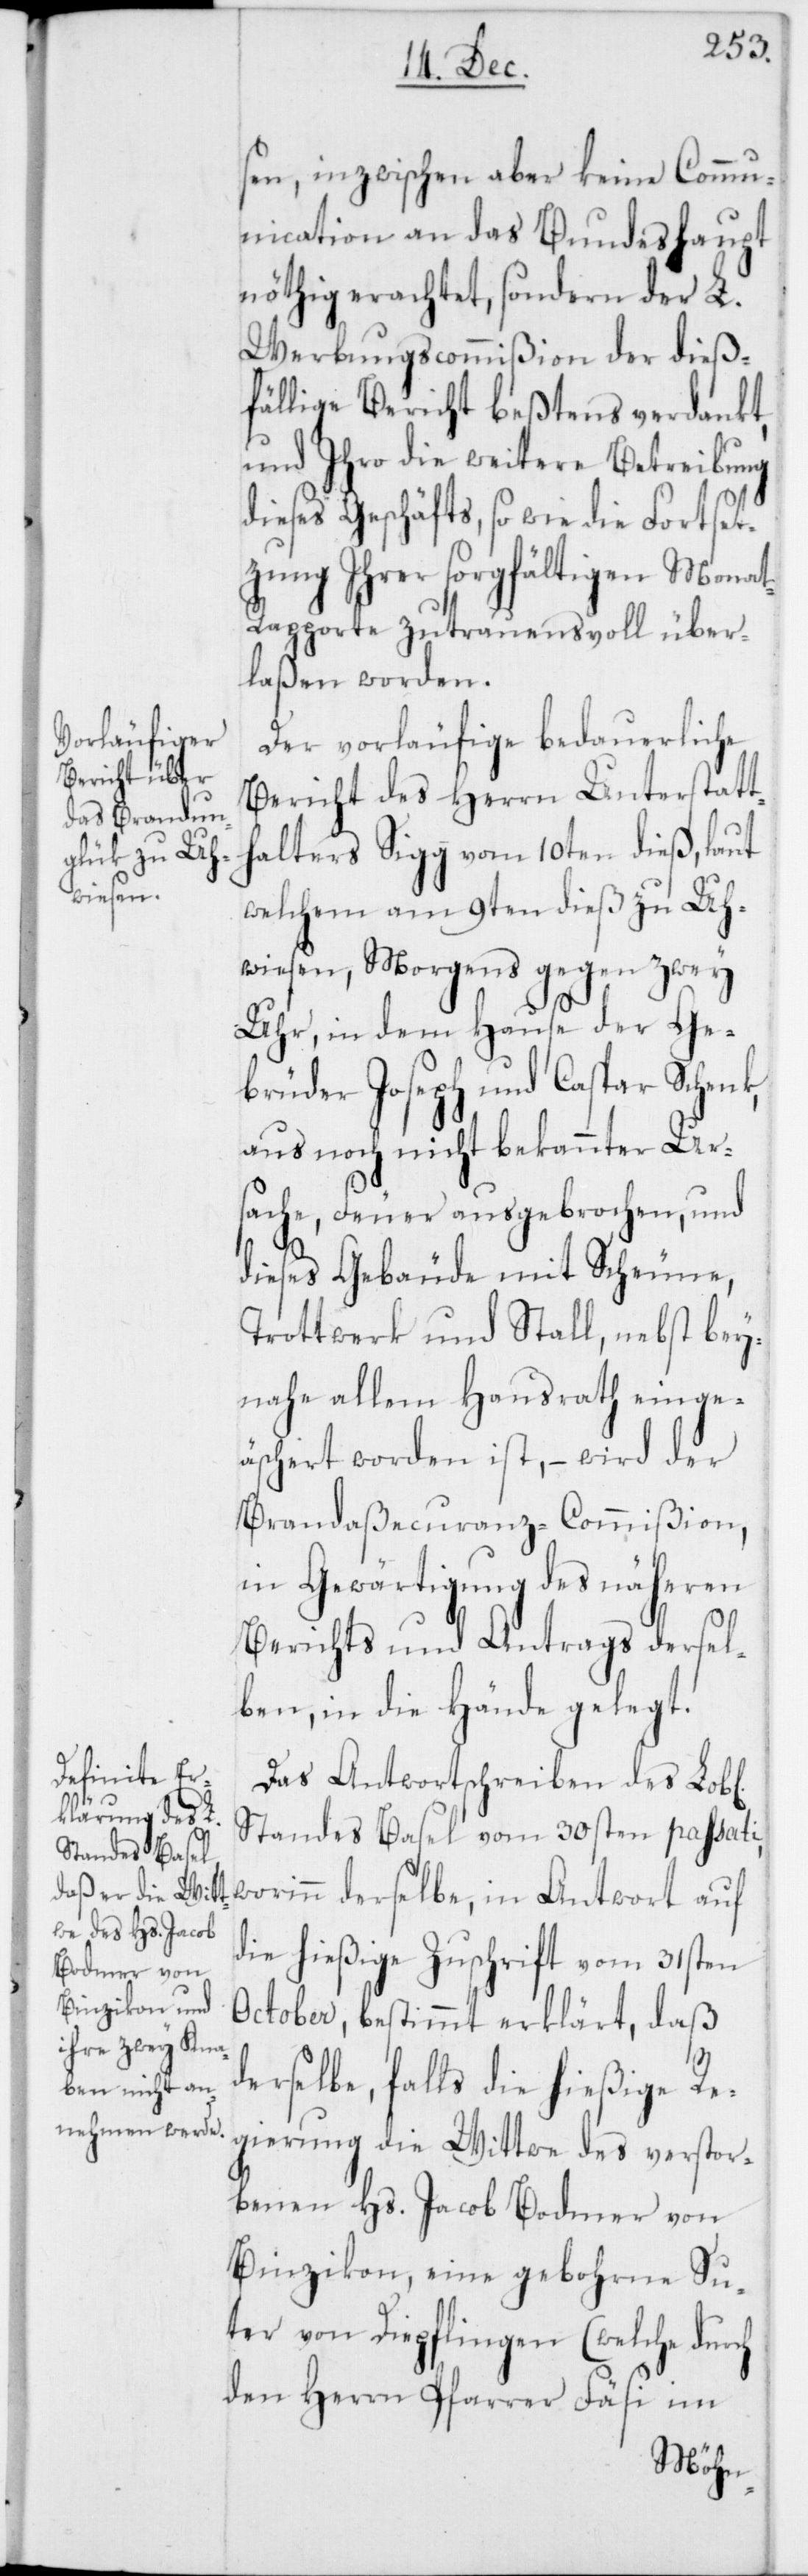
sen, inzwischen aber keine Comm¬
unication an das Bundeshaupt
nöthig erachtet, sondern der L.
Werbungscommißion der dieß¬
fällige Bericht beßtens verdankt,
und Ihro die weitere Betreibung
dieses Geschäfts, so wie die Fortset¬
zung ihrer sorgfältigen Monat¬
s-Rapporte zutrauensvoll über¬
laßen worden.
Der vorläufige bedauerliche
Bericht des Herrn Unterstatt¬
halters Sigg vom 10ten dieß, laut
welchem am 9ten dieß zu Uh¬
wiesen, Morgens gegen zwey
Uhr, in dem Hause der Ge¬
brüder Joseph und Caspar Schenk,
aus noch nicht bekannter Urs¬
ache, Feuer ausgebrochen, und
dieses Gebäude mit Scheune,
Trottwerk und Stall, nebst bey¬
nahe allem Hausrath einge¬
äschert worden ist, – wird der
Brandaßecuranz-Commißion,
in Gewärtigung des näheren
Berichts und Antrags dersel¬
ben, in die Hände gelegt.
Das Antwortschreiben des Lob[l¬
Standes Basel vom 30sten passati,
die hießige Zuschrift vom 31sten
October, bestimmt erklärt, daß
derselbe, falls die hießige Re¬
gierung die Wittwe des verstor¬
benen Hs. Jacob Bodmer von
Binzikon, eine gebohrne Su¬
ter von Diepflingen (welche durch
den Herrn Pfarrer Fäsi im
ichen]